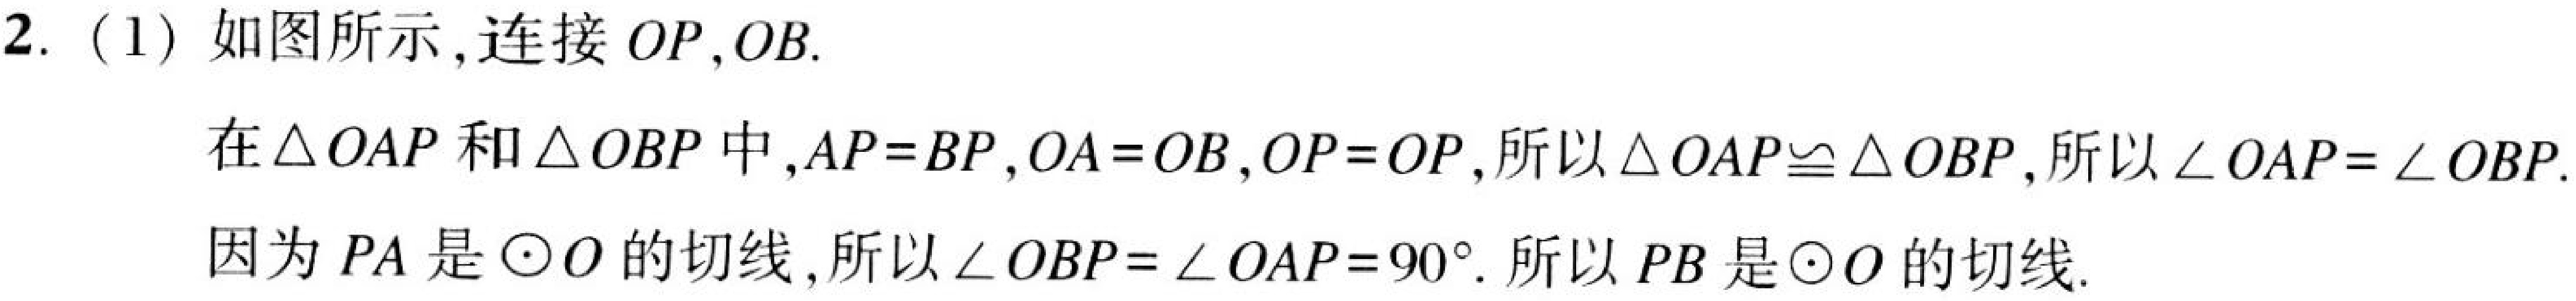
2. (1) 如图所示，连接 \(OP,OB\).

在\(\triangle OAP\)和\(\triangle OBP\)中，\(AP = BP\)，\(OA=OB\)，\(OP = OP\)，所以\(\triangle OAP\cong\triangle OBP\)，所以\(\angle OAP=\angle OBP\).

因为 \(PA\) 是\(\odot O\)的切线，所以\(\angle OBP=\angle OAP = 90^{\circ}\). 所以 \(PB\) 是\(\odot O\)的切线.